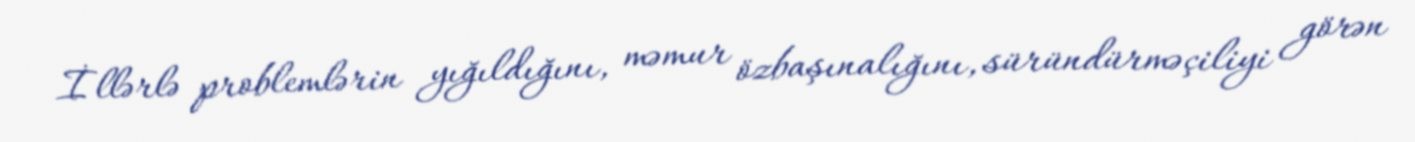
İllərlə problemlərin yığıldığını, məmur özbaşınalığını, süründürməçiliyi görən